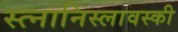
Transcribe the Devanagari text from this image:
स्त्नानिस्लावस्की